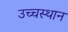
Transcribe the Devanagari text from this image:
उच्चस्थान